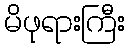
မိဖုရားကြီး